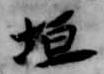
垣